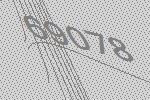
69078